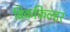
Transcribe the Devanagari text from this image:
ब्रिकफिल्डर